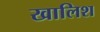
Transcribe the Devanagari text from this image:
खालिश